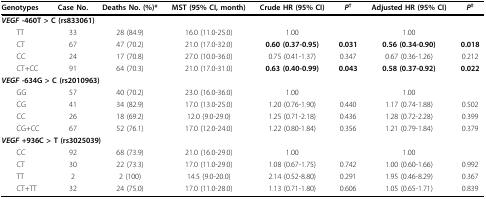
<table><thead><tr><td><b>Genotypes</b></td><td><b>Case No.</b></td><td><b>Deaths No. (%)*</b></td><td><b>MST (95% CI, month)</b></td><td><b>Crude HR (95% CI)</b></td><td><b><i>P</i><sup>†</sup></b></td><td><b>Adjusted HR (95% CI)</b></td><td><b><i>P</i><sup>‡</sup></b></td></tr></thead><tbody><tr><td colspan="3"><b><i>VEGF </i>-460T &gt; C (rs833061)</b></td><td></td><td></td><td></td><td></td><td></td></tr><tr><td> TT</td><td>33</td><td>28 (84.9)</td><td>16.0 (11.0-25.0)</td><td>1.00</td><td></td><td>1.00</td><td></td></tr><tr><td> CT</td><td>67</td><td>47 (70.2)</td><td>21.0 (17.0-32.0)</td><td><b>0.60 (0.37-0.95)</b></td><td><b>0.031</b></td><td><b>0.56 (0.34-0.90)</b></td><td><b>0.018</b></td></tr><tr><td> CC</td><td>24</td><td>17 (70.8)</td><td>27.0 (10.0-36.0)</td><td>0.75 (0.41-1.37)</td><td>0.347</td><td>0.67 (0.36-1.26)</td><td>0.212</td></tr><tr><td> CT+CC</td><td>91</td><td>64 (70.3)</td><td>21.0 (17.0-31.0)</td><td><b>0.63 (0.40-0.99)</b></td><td><b>0.043</b></td><td><b>0.58 (0.37-0.92)</b></td><td><b>0.022</b></td></tr><tr><td colspan="3"><b><i>VEGF</i> -634G &gt; C (rs2010963)</b></td><td></td><td></td><td></td><td></td><td></td></tr><tr><td> GG</td><td>57</td><td>40 (70.2)</td><td>23.0 (16.0-36.0)</td><td>1.00</td><td></td><td>1.00</td><td></td></tr><tr><td> CG</td><td>41</td><td>34 (82.9)</td><td>17.0 (13.0-25.0)</td><td>1.20 (0.76-1.90)</td><td>0.440</td><td>1.17 (0.74-1.88)</td><td>0.502</td></tr><tr><td> CC</td><td>26</td><td>18 (69.2)</td><td>12.0 (9.0-29.0)</td><td>1.25 (0.71-2.18)</td><td>0.436</td><td>1.28 (0.72-2.28)</td><td>0.399</td></tr><tr><td> CG+CC</td><td>67</td><td>52 (76.1)</td><td>17.0 (12.0-24.0)</td><td>1.22 (0.80-1.84)</td><td>0.356</td><td>1.21 (0.79-1.84)</td><td>0.379</td></tr><tr><td colspan="3"><b><i>VEGF</i> +936C &gt; T (rs3025039)</b></td><td></td><td></td><td></td><td></td><td></td></tr><tr><td> CC</td><td>92</td><td>68 (73.9)</td><td>21.0 (16.0-29.0)</td><td>1.00</td><td></td><td>1.00</td><td></td></tr><tr><td> CT</td><td>30</td><td>22 (73.3)</td><td>17.0 (11.0-29.0)</td><td>1.08 (0.67-1.75)</td><td>0.742</td><td>1.00 (0.60-1.66)</td><td>0.992</td></tr><tr><td> TT</td><td>2</td><td>2 (100)</td><td>14.5 (9.0-20.0)</td><td>2.14 (0.52-8.80)</td><td>0.291</td><td>1.95 (0.46-8.29)</td><td>0.367</td></tr><tr><td> CT+TT</td><td>32</td><td>24 (75.0)</td><td>17.0 (11.0-28.0)</td><td>1.13 (0.71-1.80)</td><td>0.606</td><td>1.05 (0.65-1.71)</td><td>0.839</td></tr></tbody></table>